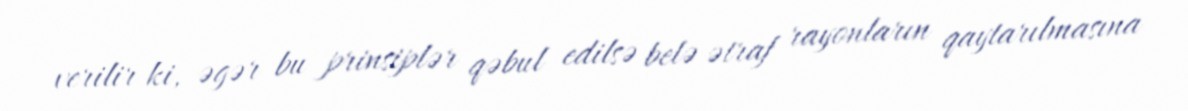
verilir ki, əgər bu prinsiplər qəbul edilsə belə ətraf rayonların qaytarılmasına